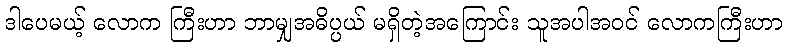
ဒါပေမယ့် လောက ကြီးဟာ ဘာမျှအဓိပ္ပယ် မရှိတဲ့အကြောင်း သူအပါအဝင် လောကကြီးဟာ